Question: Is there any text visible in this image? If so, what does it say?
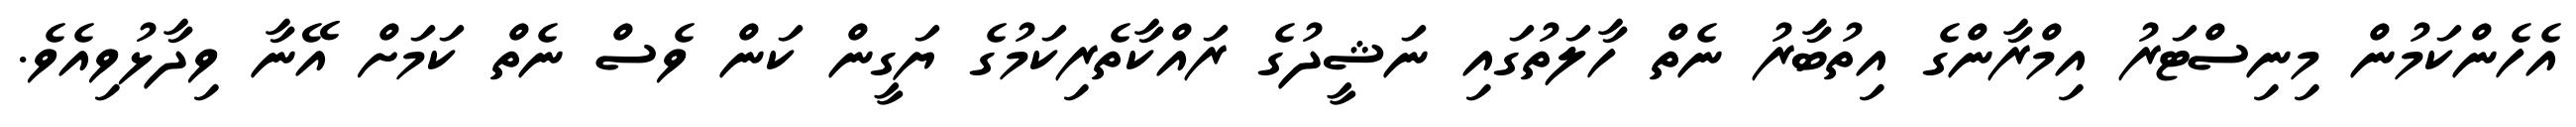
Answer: އެހެންކަމުން މިނިސްޓަރު އިމްރާންގެ އިތުބާރު ނެތް ހާލަތުގައި ނަޝީދުގެ ރައްކާތެރިކަމުގެ ޔަގީން ކަން ވެސް ނެތް ކަމަށް އޭނާ ވިދާޅުވިއެވެ.